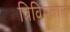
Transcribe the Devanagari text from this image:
त्रिविमजाल